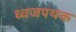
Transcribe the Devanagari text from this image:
ध्वजपथक